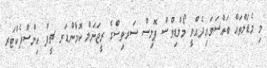
މި މެޑަލްތައް ބައްސަވައިދެއްވީ މޯލްޑިވްސް ޕޮލިސް ސަރވިސްގެ ރީޖަނަލް ކޮމާންޑަރ ޗީފް އިންސްޕެކްޓަރ